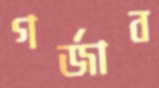
গর্জাব